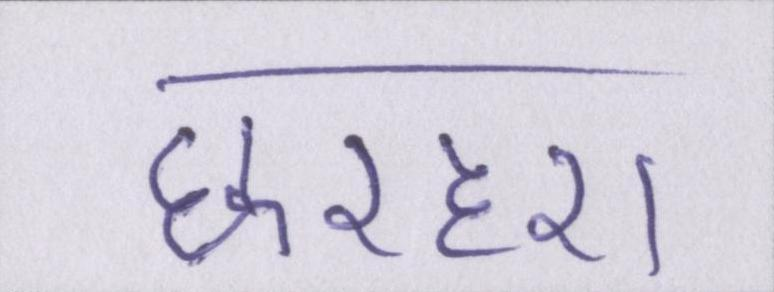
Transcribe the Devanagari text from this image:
छरहरा